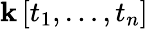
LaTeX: \mathbf{k}\left[t_{1},\ldots,t_{n}\right]